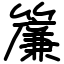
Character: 簾